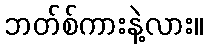
ဘတ်စ်ကားနဲ့လား။